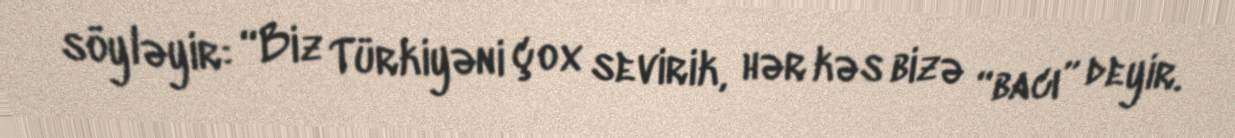
söyləyir: “Biz Türkiyəni çox sevirik, hər kəs bizə “bacı” deyir.